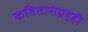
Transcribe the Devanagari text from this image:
कवितासंग्रहही